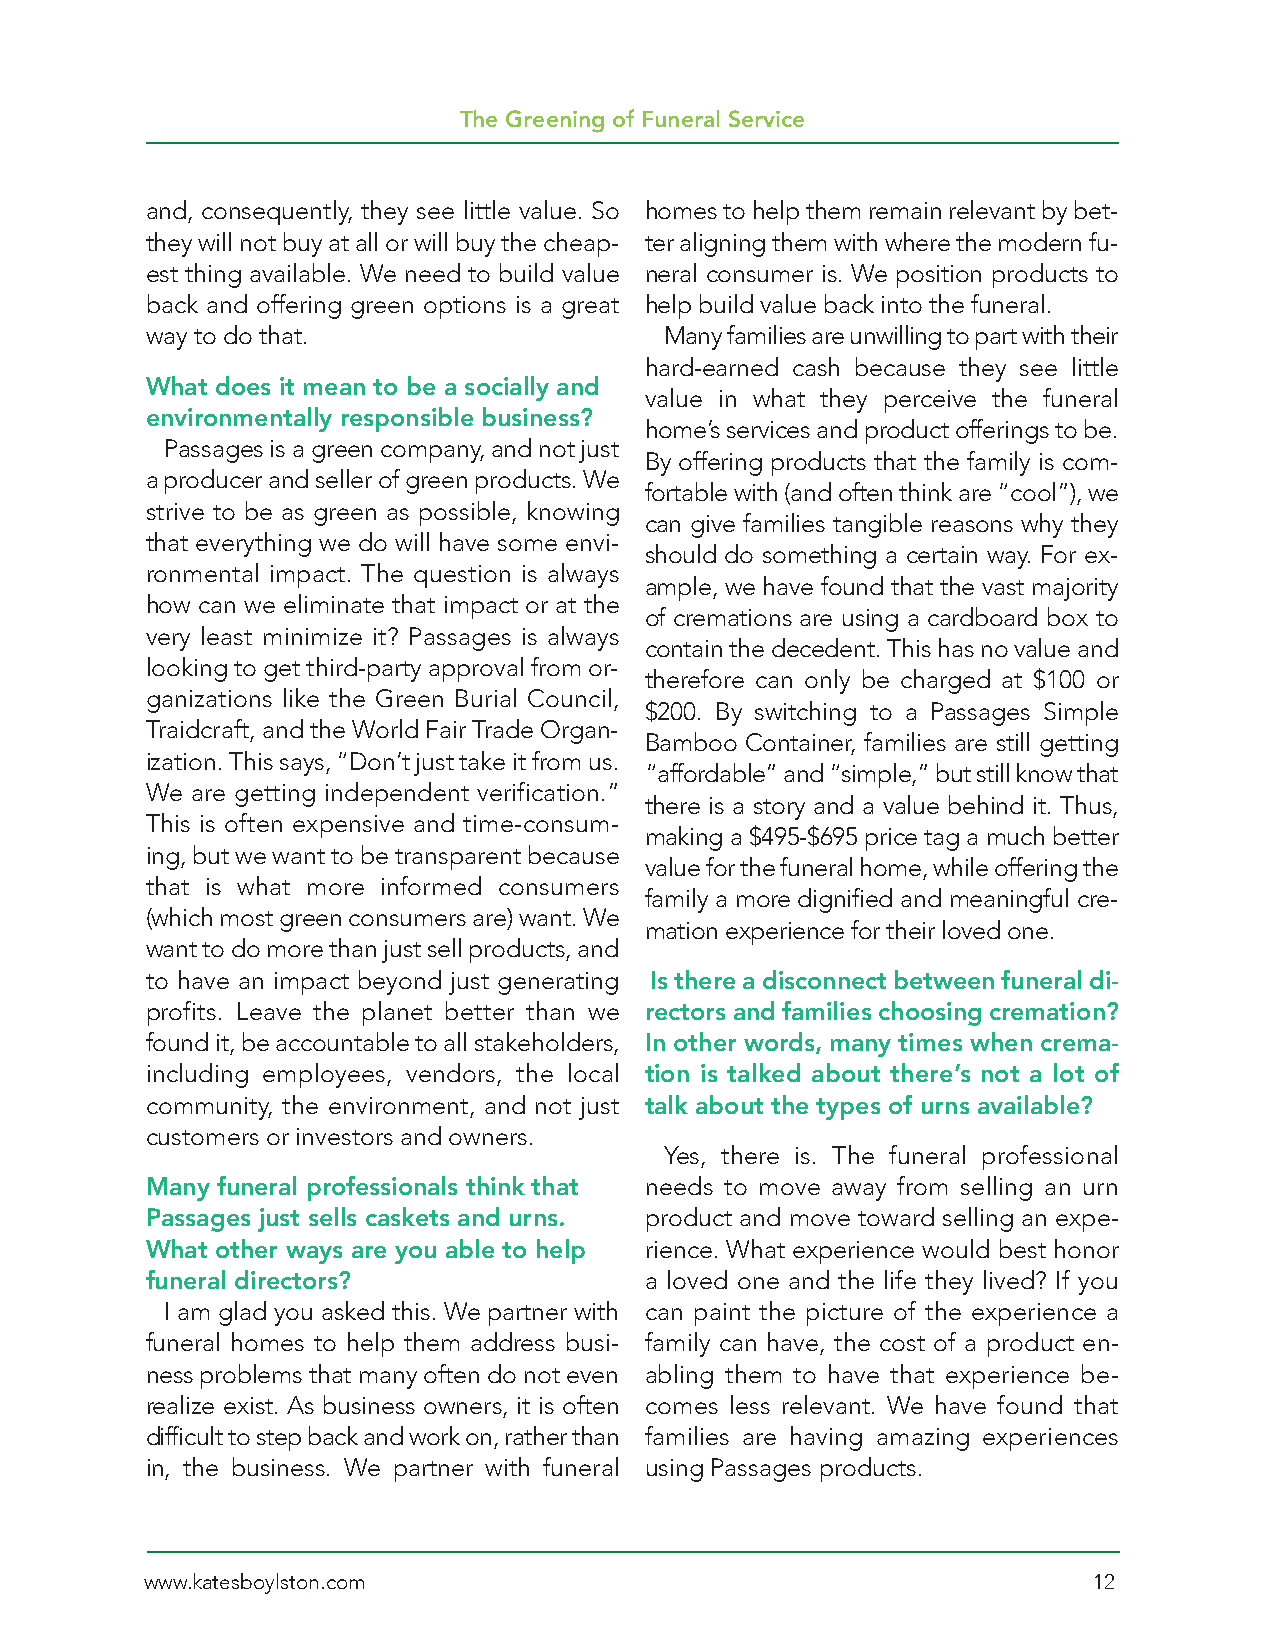
The Greening of Funeral Service
 and, consequently, they see little value. So homes to help them remain relevant by bet-
 they will not buy at all or will buy the cheap- ter aligning them with where the modern fu-
 est thing available. We need to build value neral consumer is. We position products to
 back and offering green options is a great help build value back into the funeral.
 way to do that.                   Many families are unwilling to part with their
 hard-earned cash because they see little
 What does it mean to be a socially and
 value in what they perceive the funeral
 environmentally responsible business?
 home’s services and product offerings to be.
 Passages is a green company, and not just
 By offering products that the family is com-
 a producer and seller of green products. We
 fortable with (and often think are “cool”), we
 strive to be as green as possible, knowing
 can give families tangible reasons why they
 that everything we do will have some envi-
 should do something a certain way. For ex-
 ronmental impact. The question is always
 ample, we have found that the vast majority
 how can we eliminate that impact or at the
 of cremations are using a cardboard box to
 very least minimize it? Passages is always
 contain the decedent. This has no value and
 looking to get third-party approval from or-
 therefore can only be charged at $100 or
 ganizations like the Green Burial Council,
 $200. By switching to a Passages Simple
 Traidcraft, and the World Fair Trade Organ-
 Bamboo Container, families are still getting
 ization. This says, “Don’t just take it from us.
 “affordable” and “simple,” but still know that
 We are getting independent verification.”
 there is a story and a value behind it. Thus,
 This is often expensive and time-consum-
 making a $495-$695 price tag a much better
 ing, but we want to be transparent because
 value for the funeral home, while offering the
 that is what more informed consumers
 family a more dignified and meaningful cre-
 (which most green consumers are) want. We
 mation experience for their loved one.
 want to do more than just sell products, and
 to have an impact beyond just generating Is there a disconnect between funeral di-
 profits. Leave the planet better than we rectors and families choosing cremation?
 found it, be accountable to all stakeholders, In other words, many times when crema-
 including employees, vendors, the local tion is talked about there’s not a lot of
 community, the environment, and not just talk about the types of urns available?
 customers or investors and owners.
 Yes, there is. The funeral professional
 Many funeral professionals think that needs to move away from selling an urn
 Passages just sells caskets and urns. product and move toward selling an expe-
 What other ways are you able to help rience. What experience would best honor
 funeral directors?               a loved one and the life they lived? If you
 I am glad you asked this. We partner with can paint the picture of the experience a
 funeral homes to help them address busi- family can have, the cost of a product en-
 ness problems that many often do not even abling them to have that experience be-
 realize exist. As business owners, it is often comes less relevant. We have found that
 difficult to step back and work on, rather than families are having amazing experiences
 in, the business. We partner with funeral using Passages products.
 www.katesboylston.com                                         12